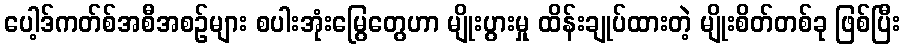
ပေါ့ဒ်ကတ်စ်အစီအစဉ်များ စပါးအုံးမြွေတွေဟာ မျိုးပွားမှု ထိန်းချုပ်ထားတဲ့ မျိုးစိတ်တစ်ခု ဖြစ်ပြီး